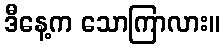
ဒီနေ့က သောကြာလား။